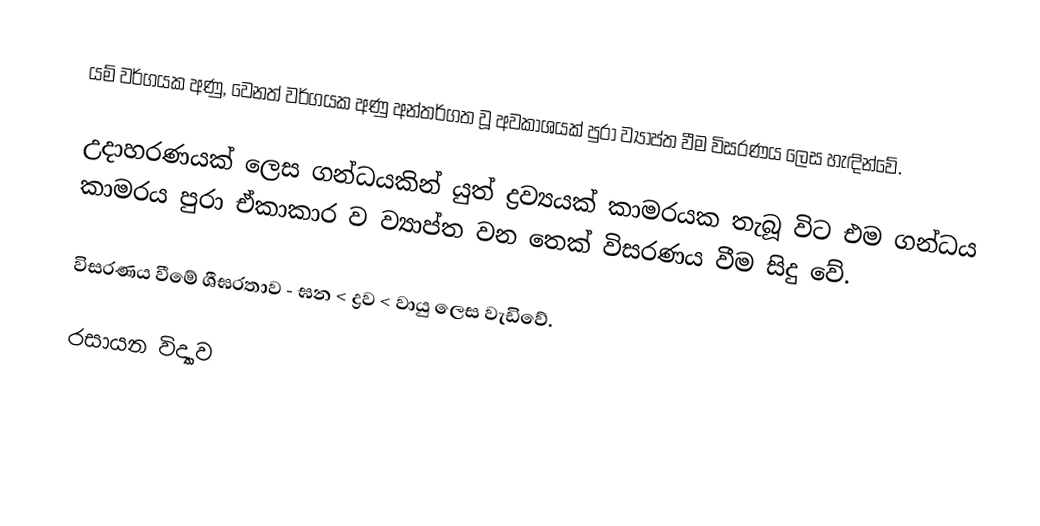
යම් වර්ගයක අණු, වෙනත් වර්ගයක අණු අන්තර්ගත වූ අවකාශයක් පුරා ව්‍යාප්ත වීම විසරණය ලෙස හැඳින්වේ.

උදාහරණයක් ලෙස ගන්ධයකින් යුත් ද්‍රව්‍යයක් කාමරයක තැබූ විට එම ගන්ධය කාමරය පුරා ඒකාකාර ව ව්‍යාප්ත වන තෙක් විසරණය වීම සිදු වේ.

විසරණය වීමේ ශීඝ‍්‍රතාව - ඝන < ද්‍රව < වායු ලෙස වැඩිවේ.

රසායන විද්‍යාව